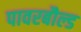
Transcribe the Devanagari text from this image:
पावरबौल्ड